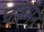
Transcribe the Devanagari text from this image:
चाहमन